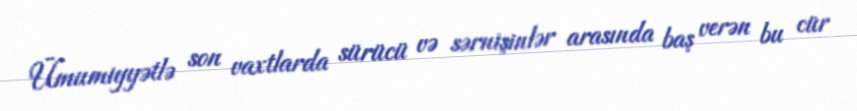
Ümumiyyətlə son vaxtlarda sürücü və sərnişinlər arasında baş verən bu cür